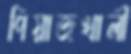
পিয়াজখালী